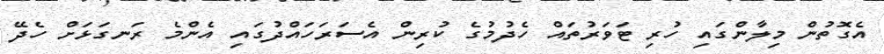
އެގޮތުން މިލާންގައި ހުރި ޓަވަރުތައް ހެދުމުގެ ކުރިން އެސަރަހައްދުގައި އެންމެ ރަނގަޅަށް ހެދޭ